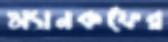
ম্যানকফের